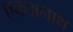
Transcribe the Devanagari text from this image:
एकअनाथ